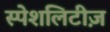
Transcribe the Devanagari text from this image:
स्पेशलिटीज़